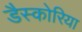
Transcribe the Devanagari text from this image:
डैस्कोरिया